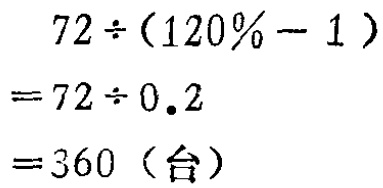
\[

\begin{align*}

&72\div(120\% - 1)\\

=&72\div0.2\\

=&360 \text{（台）}

\end{align*}

\]